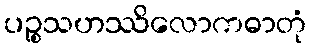
ပဉ္စသဟဿိလောကဓာတုံ